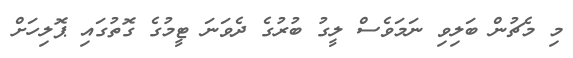
މި މެޗުން ބަލިވި ނަމަވެސް ލީގު ބުރުގެ ދެވަނަ ޓީމުގެ ގޮތުގައި ޕޮލިހަށް